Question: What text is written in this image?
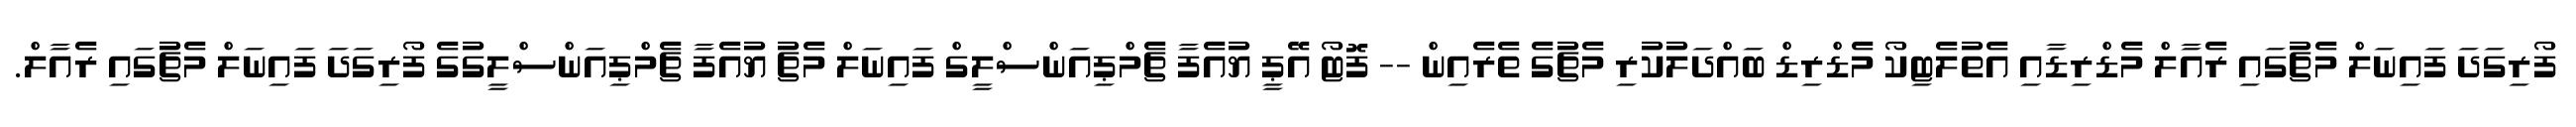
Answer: ފޯރިގަދަ ފައިނަލް މެޗުގައި ރެއާލް މެޑްރިޑާއި އެތުލެޓިކޯ މެޑްރިޑް ބައްދަލުކުރި މެޗުގެ ތެރެއިން -- ފޮޓޯ އޭޕީ ޔުއެފާ ޗެމްޕިއަންސްލީގް ފައިނަލް މެޗު ޔުއެފާ ޗެމްޕިއަންސްލީގުގެ ފޯރިގަދަ ފައިނަލް މެޗުގައި ރެއާލް.